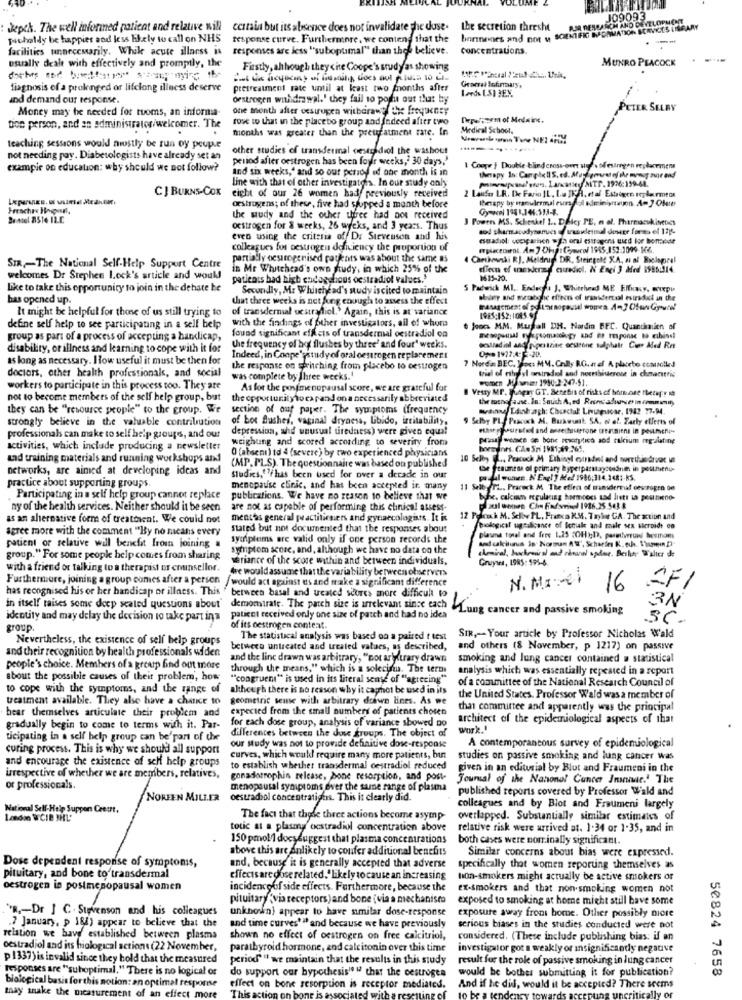
POR RESEARCH AND DEVELOPMENT
J09093
Jepch. The well informed patient and relative will certain but its absence does not invalidate the duse. the secretion thresht
borinenes and not y SCIENTIFIC INFORMATION SERVICES LIBRARY
picholdy be happier and less likely to call on NHS
response curve. Furthermenre, we contend that the
---
facilities unnecessarily. While acute illness is
responses are less "suboptimal" than thee believe.
concentrations.
MUNRO PEACOCK
usually dealt with effectively and promptly, the
Firstly, ahthough they cite Coope's study as showing
diagnosis of a prolonged or lifelong illness deserve
pretreatment rate until at kast two months after
1.ards 1.SI 3EX
Gramrat lofinaaly,
and demand our response
oestrogen withdrawal.' they fail to porfu out that by
Money may be needed for tuoms, an informa-
one month after oestrogen withdraw? the frequency
TER SELBY
rose to that in the placebo group and fadeed after two
Deperform of Melaine.
tion person, and an administrator/welcomer. The
months was greater than the preuraument rate. In
Medical School,
teaching sessions would mostly be run oy peuple
other studies of transdermal cestyidiot the washout
not needing pay. Diabetologists have already set an
period after oestrogen has been four weeks, 30 days,
exampie on education: why should we not follow?
and six weeks," and so our period of one month is in
1 Cooper | Double blind cross-over Hude Mestrgen replacemens
line with that of other investigators. In our study only
Prinsipcasferen, Laratley MTT. 1976:159-61.
CJ BURNS-COX
2 Laufer LR. De Fario IL, La IKA, etal Estrogen replecrmton
eight of our 26 women had previously received
INmapy by mamulermal eurol kiministayon A= ] Ofme
oestrogens; of these, five had stopped a month before
Gymcel 1931,144:513-3.
Bentel AS16 IL.E.
the wudy and the other three had not received
3 Power MS. Schenkel 1 .. Detcy PE, n al. Pharmacokinetics
oestrogen for & weeks, 26 weeks, and 3 years. Thus
even using the criteria off Da Stevenson and his
essadel: cooparien wfla oral estrogens used for bomest
colleagues fos oestrogen deficiency the proportion of
erplacedini. Am 7 Dha: Gymcol 1945,152.1099- MG6
partially oestrogenised patients was about the same as
4 Canthounki RJ. Meldrup DR, Steingold XA, ai al Bielopeal
SIR -- The National Self-Help Support Centre
in Mr Whitehead's own judy, in which 25% of the
dien of mexeres curediol. N Engi 3 Mdrd 1985:14
welcomes Dr Stephen Lock's article and would
patients bad high endogghous oestradiol values.'
1615-20.
like to take this opportunity to join in the debate be
Secondly, M. Whilehead's sudy iscited to maintain
5 Padwick MI. Endeche J. Whitehned ME Effray, WIEpi
has opened up.
that three weeks is net fung enough to assess the effect
shiny and metabthe effects of tranidertal esurkdet in the
It might be helpful for thone of us still trying to
of transdermal uestradiol.' Again, this is at variance
with the findings of Other investigators, all of whore
define self help to see participating in a self help
found significant effets of transdermal oestradiol on
Joos MM. Musall DR. Nardin BFC. Quantauien of
group as part of a process of accepting a handicap,
disability, or illness and kamning to cope with it for
the frequency of bot flushes by three' and four weeks.
as long as necessary. I ow useful it must be then for
Indeed, in Coope'sstudy of oral oestrogen replacement
7 Norda BEC. Iocs MM. Cally RG. aref A placeto ccausetied
0 ** 1927:4- 5-20.
doctors, other health professionals, and social
the response on stritching from placebo to oestrogen
trial of ethyl orsindel and norrthisterese in characteris
was complete by Three weeks."
workers to participate in this process too. They are
As for the postmenopausal score, we are grateful for
B Vesty MP. Magay GT. Benefiis of risksof bom ore thetap. it
not to become members of the self help group, but
the opportunity to expand on a necessarily abbreviated
the mothof asse. In: Smuch A. ed Rensaduanses in imminuut,
they can be "resource people" to the group. We
section of ouf paper. The symptoms (frequency
wanu Ldahath: Choctal Livignose, 1942 77-94
strongly believe in the valuable contribution
of Lot Blushes, vaginal dryness, Libido, irritability,
9 Selby PL. Peacock A. Razkwunk SA. of of. Farty efferts of
depression, and unusual tiredness) were given equal
professionals can make to self help groups, and our
weighung and scored according to severity from
Prisas wenice se bone sestyrtich and tilrium regulating
activities, which include producing a newsletter
O (abseni) td 4 (severe ) by two experienced physicians
borsynes. CAe Sni 1981,49.265,
and training materials and running workshops and
10 Scley L ., Peacock M Ethingl evradet and sorribasdruer Mel
networks, are aimed at developing ideas and
(MP. PLS). The questionnaire was based on published
de Sesumness of primary byperpasstaycesdneh in peutmenu
practice about supporting groups.
Studies, 7fhas been used for over a decade in our
pre al wuten. N' Engl ] Med 1986;114.148 :- RS.
menopause clinic, and has been accepted it. many
11 SelbyTL. Pracock M. The effect of transdermal cescrogen 00
. Participating in a self help group cannot replace
publications. We have no reason to believe that we
byhe. calciam regulacing hormoons und liets ia peuneno-
ny of the health services. Neither should it be seen
are not as capable of performing this clinical assess-
Sal ossen Cim Fadsmind 1916.25.543 8
as an ahernative form of treatment. We could not
mentos general practitioners and gynaecologists. It is
12 Pekwh M. Selow PL, Frates IM. Taylor GA. The action and
agree more with the comment "By no means every
stated but not documented that the responses about
Serological sigtalcance of Ionale and male sex ticroide on
symptoms are valid only if one person records the
plasma total and free 1.25 ;OH);D, paredwrow Mesinians
and calcitunus in Norman A', Scharin K. och. 1'umein D
patient or relative will benefit from joining #
symptom score, and, although we have no data on the
group." For some people help comes from sharing
seriance of the score within and between individuals,
Gruywes, 1985: 595-6.
with a friend or talking to a therapist or counsellor.
we would assume that the variability between observers
Furthermore, joining a group comes after a person
/would act against es and make a significant difference
N. MI:el
has recognised his or her handicap or illness. This " between basal and ucated scores more difficult to
16
2F1
3N
in itself maises some deep seated questions about' demonstrate. The patch size is irrelevant since each Lung cancer and passive smoking
identity and may delay the decision to take part ina
paticct received only one size of patch and had no idea
SC.
group.
of its oestrogen conteat.
Nevertheless, the existence of self help groups
The statistical analysis was based on a paired t test
SIR ,- Your article by Professor Nicholas Wald
and their recognition by health professionals widen
between untreated and treated values, as described,
and others (8 November, p 1217) on passive
and the line drawn was arbitrary, "not ar trary drawn smoking and lung cancer contained a statistical
people's choice. Members of a group find out more
through the means," which is a solecismo. The terms
analysis which was essentially repeated in a report
about the possible causes of theit problem, how
"congruent" is used in its literal sense of "agreeing"
of a committee of the National Research Council of
to cope with the symptoms, and the range of
although there is no reason why it casmnot be used in its
treatment available. They also have a chance to geometric sense with arbitrary drawn lines. As we
the United States. Professor Wald was a member of
hear themselves articulate their problem and
expected from the small numbers of patients chosen
that committee and apparently was the principal
for each dose group, analysis of variance showed no
architect of the epidemiological aspects of that
gradually begin to come to terms with it. Par-
ticipating in a self help group can be'part of the
our study was not to provide definitive dos-response
differences between the dense groups. The object of
curing process. This is why we should all support
A contemporancous survey of epidemiological
and encourage the existence of self help groups
curves, which woukl require many more patients, bin
studies on passive smoking and lung cancer was
to establish whether transdermal cestradiol reduced
given in an editorial by Blut and Fraumeni in the
irrespective of whether we are members, relatives,
gonadotrophin release, bone resorption, and post-
Journal of the Nanonel Cancer Inunnar." The
or professionals.
menopausal symptoms ever the same range of plasma
published reports covered by Professor Wald and
NOREEN MILLER
oestradiol concentrations. This it clearly did.
National Self-Help Suppen Cretrt,
colleagues and by Blot and Fraumeni largely
London WCIB 3HL'
The fact that these three actions become asymp-
overlapped. Substantially similar estimates of
totic at a plasma cestradiol concentration above
relative risk were arrived at. 1.34 or 1-35, and in
150 pmol 1 docssuggest that plasma concentrations
both cases were nominally significant.
above this are Anlikely to confer additional benefits
Similar concerns about bias were expressed.
Dose dependent response of symptoms,
and, because it is generally accepted that adverse
specifically that women reporting themselves as
pituitary, and bone to transdermal
effectsare dose related." Likely to cause an increasing
non-smokers might actually be active smokers or
oestrogen in postmenopausal women
incidenceof side effects. Furthermore, because the
ex-smokers and that non-smoking women not
pituitary "via receptors) and bone (via a mechanism
exposed to smoking at home might still have some
"R ,- Dr J C . Stevenson and his colleagues
unknown} appear to have similar dose-response
exposure away from home. Other possibly more
.7 January, p 181) appear to believe that the
and time curves'" and because we have previously
serious biases in the studies conducted were not
relation we have established between plasma
shown no effect of oestrogen on free calcitriol,
considered. (These include publishing bias: if an
oestradiol and its miological actions (22 November,
parathyroid hormone, and calcitonin over this time
investigator got a weakly or insignificandy negative
p 1337) is invalid since they hold that the measured
period" " we maintain that the results in this study
result for the rok of passive smoking in lung cancer
responses are "suboptimal." There is no logical or
do support our hypothesisi u that the oestrogen
would be bother submitting it for publication?
50824 7658
biological basis for this notion: an optimal resporise
nies.
may snake the measure
effect on bone sesorption is receptor med
This a
And if he did, would it be accepted? There seems
may snake the measurement of an effect more